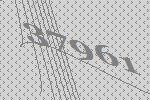
37961